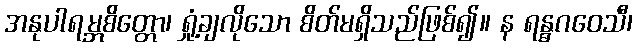
အနုပါရမ္ဘစိတ္တော၊ ရှုံ့ချလိုသော စိတ်မရှိသည်ဖြစ်၍။ န ရန္ဓဂဝေသီ၊